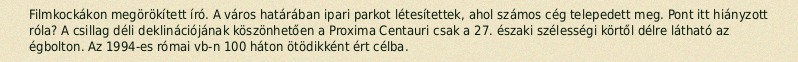
Filmkockákon megörökített író. A város határában ipari parkot létesítettek, ahol számos cég telepedett meg. Pont itt hiányzott róla? A csillag déli deklinációjának köszönhetően a Proxima Centauri csak a 27. északi szélességi körtől délre látható az égbolton. Az 1994-es római vb-n 100 háton ötödikként ért célba.